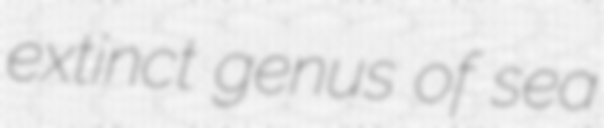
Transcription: extinct genus of sea